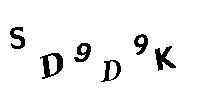
SD9D9K